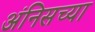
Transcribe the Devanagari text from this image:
अंनिसच्या